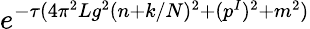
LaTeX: e^{-\tau(4\pi^{2}Lg^{2}(n+k/N)^{2}+(p^{I})^{2}+m^{2})}